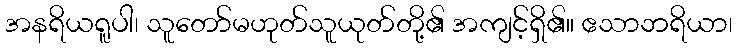
အနရိယရူပါ၊ သူတော်မဟုတ်သူယုတ်တို့၏ အကျင့်ရှိ၏။ ဧသာဘရိယာ၊